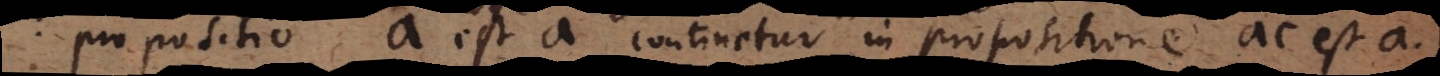
propositio a est a continetur in propositione ac est a,